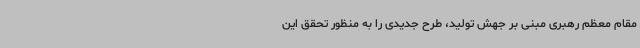
مقام معظم رهبری مبنی بر جهش تولید، طرح جدیدی را به منظور تحقق این